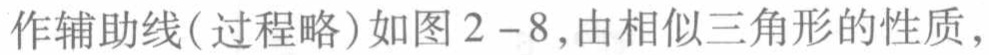
作辅助线(过程略)如图2 - 8,由相似三角形的性质,